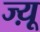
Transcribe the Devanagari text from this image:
ज्य़ू